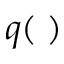
q ( \mathbf \xi )